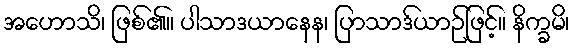
အဟောသိ၊ ဖြစ်၏။ ပါသာဒယာနေန၊ ပြာသာဒ်ယာဉ်ဖြင့်။ နိက္ခမိ၊